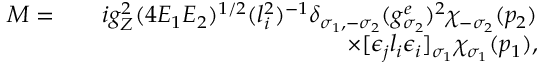
\begin{array} { r l r } { { \cal M } = } & { } & { i g _ { Z } ^ { 2 } ( 4 E _ { 1 } E _ { 2 } ) ^ { 1 / 2 } ( l _ { i } ^ { 2 } ) ^ { - 1 } \delta _ { \sigma _ { 1 } , - \sigma _ { 2 } } ( g _ { \sigma _ { 2 } } ^ { e } ) ^ { 2 } \chi _ { - \sigma _ { 2 } } ( p _ { 2 } ) } \\ & { } & { \times [ \epsilon _ { j } l _ { i } \epsilon _ { i } ] _ { \sigma _ { 1 } } \chi _ { \sigma _ { 1 } } ( p _ { 1 } ) , } \end{array}